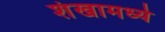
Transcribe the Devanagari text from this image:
शंखामध्ये